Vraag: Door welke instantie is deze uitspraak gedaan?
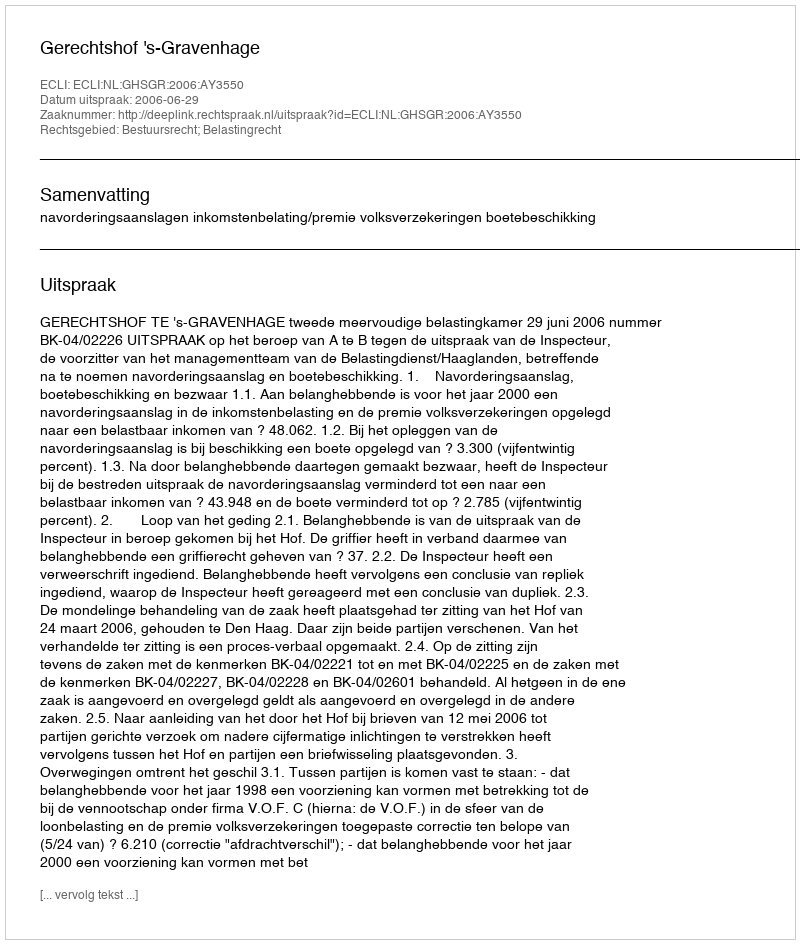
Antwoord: Gerechtshof 's-Gravenhage